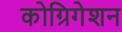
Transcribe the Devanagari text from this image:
कोग्रिगेशन